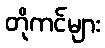
တိုကင်များ